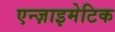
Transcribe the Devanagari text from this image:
एन्ज़ाइमेटिक